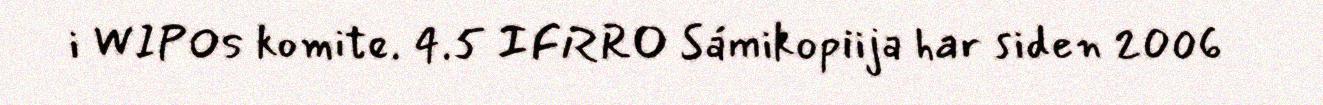
i WIPOs komite. 4.5 IFRRO Sámikopiija har siden 2006